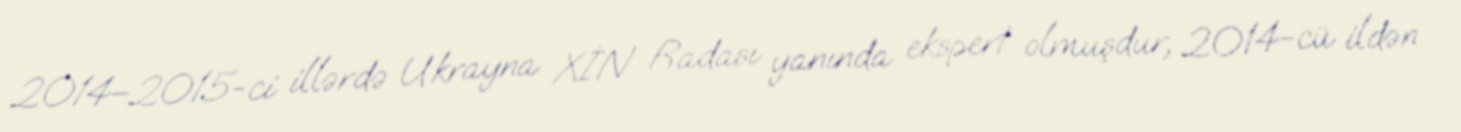
2014–2015-ci illərdə Ukrayna XİN Radası yanında ekspert olmuşdur, 2014-cü ildən